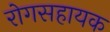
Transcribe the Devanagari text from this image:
रोगसहायक